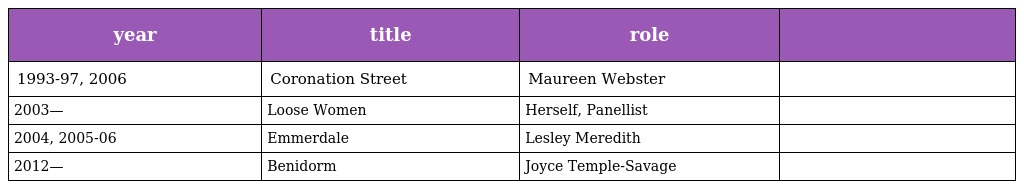
| year | title | role |  |
 | --- | --- | --- | --- |
 | 1993-97, 2006 | Coronation Street | Maureen Webster |  |
 | 2003— | Loose Women | Herself, Panellist |  |
 | 2004, 2005-06 | Emmerdale | Lesley Meredith |  |
 | 2012— | Benidorm | Joyce Temple-Savage |  |